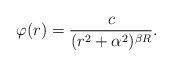
LaTeX: \begin{align*} \varphi(r)=\dfrac{c}{(r^2+\alpha^2)^{\beta R}}.\end{align*}